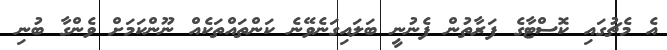
އެ މެޗުގައި ކޮސްޓާގެ ފަރާތުން ފެނުނީ ބަލައިގަނެވޭނެ ކަންތައްތަކެއް ނޫންކަމަށް ވެންގާ ބުނި